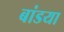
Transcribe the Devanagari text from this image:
बांडया